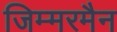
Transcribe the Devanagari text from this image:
जिम्मरमैन